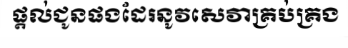
ផ្តល់ជូនផងដែរនូវសេវាគ្រប់គ្រង